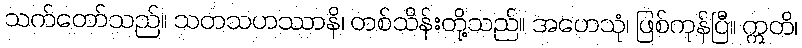
သက်တော်သည်။ သတသဟဿာနိ၊ တစ်သိန်းတို့သည်။ အဟေသုံ၊ ဖြစ်ကုန်ပြီ။ ဣတိ၊